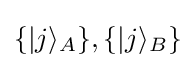
\{|j\rangle _{A}\},\{|j\rangle _{B}\}